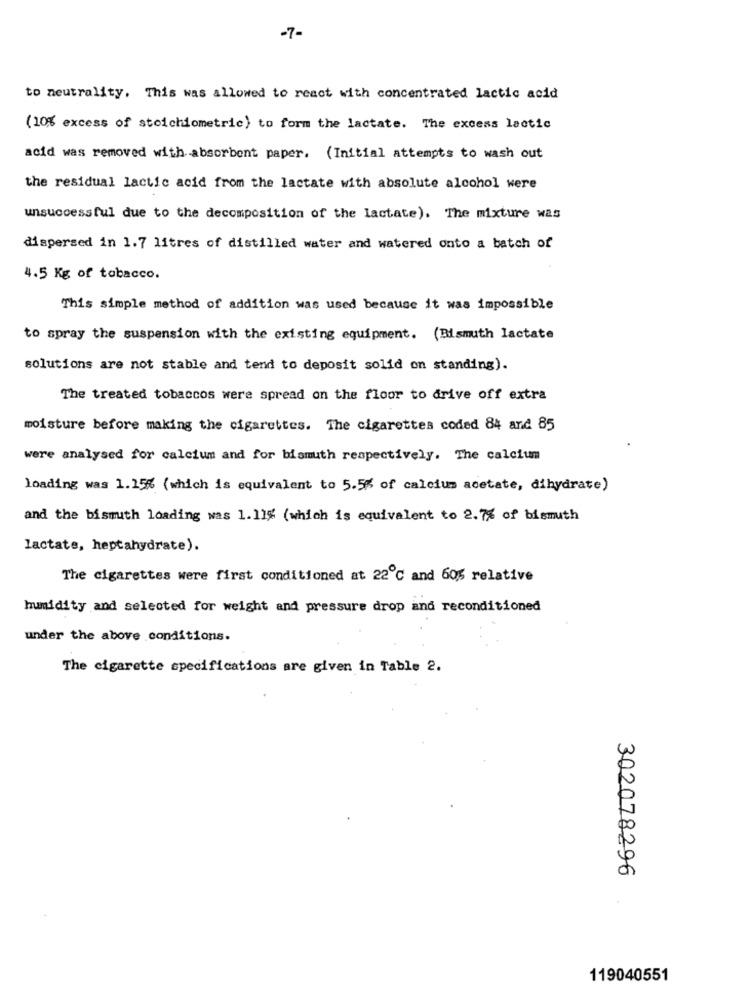
-7-
to neutrality, This was allowed to react with concentrated lactic acid
(10% excess of stoichiometric) to form the lactate. The excess lactic
acid was removed with absorbent paper. (Initial attempts to wash out
the residual lactic acid from the lactate with absolute alcohol were
unsuccessful due to the decomposition of the lactate). The mixture was
dispersed in 1.7 litres of distilled water and watered onto a batch of
4.5 Kg of tobacco.
This simple method of addition was used because it was impossible
to spray the suspension with the existing equipment. (Bismuth lactate
solutions are not stable and tend to deposit solid on standing).
The treated tobaccos were spread on the floor to drive off extra
moisture before making the cigarettes. The cigarettes coded 84 and 85
were analysed for calcium and for bismuth respectively. The calcium
loading was 1.15% (which is equivalent to 5.55 of calcium acetate, dihydrate)
and the bismuth loading was 1.11% (which is equivalent to 2.7% of bismuth
lactate, heptahydrate).
The cigarettes were first conditioned at 22℃ and 605 relative
humidity and selected for weight and pressure drop and reconditioned
under the above conditions.
The cigarette specifications are given in Table 2.
302078296
119040551